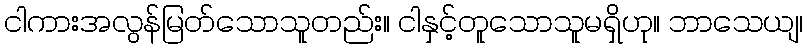
ငါကားအလွန်မြတ်သောသူတည်း။ ငါနှင့်တူသောသူမရှိဟု။ ဘာသေယျ၊